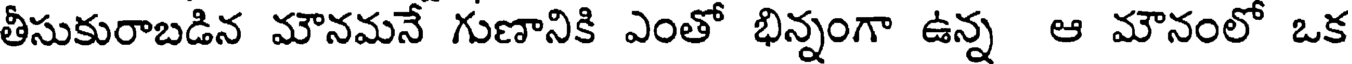
తీసుకురాబడిన మౌనమనే గుణానికి ఎంతో భిన్నంగా ఉన్న ఆ మౌనంలో ఒక